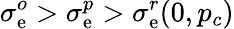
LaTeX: \sigma_{\mathrm{e}}^{o}>\sigma_{\mathrm{e}}^{p}>\sigma_{\mathrm{e}}^{r}(0,p_{c})